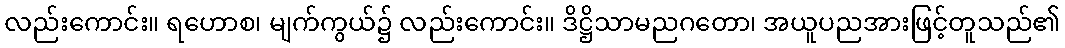
လည်းကောင်း။ ရဟောစ၊ မျက်ကွယ်၌ လည်းကောင်း။ ဒိဋ္ဌိသာမညဂတော၊ အယူပညအားဖြင့်တူသည်၏